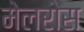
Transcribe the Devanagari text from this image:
मेलरोस